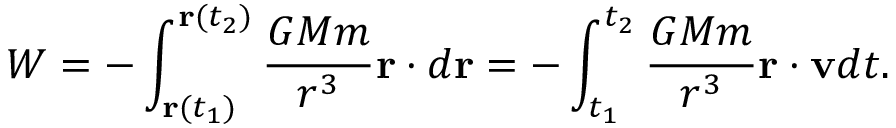
W = - \int _ { \mathbf { r } ( t _ { 1 } ) } ^ { \mathbf { r } ( t _ { 2 } ) } { \frac { G M m } { r ^ { 3 } } } \mathbf { r } \cdot d \mathbf { r } = - \int _ { t _ { 1 } } ^ { t _ { 2 } } { \frac { G M m } { r ^ { 3 } } } \mathbf { r } \cdot \mathbf { v } d t .